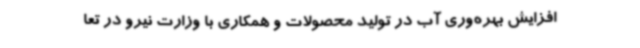
افزایش بهره‌وری آب در تولید محصولات و همکاری با وزارت نیرو در تعا